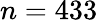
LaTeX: n=433